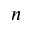
^ n